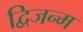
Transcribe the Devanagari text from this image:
द्विजन्‍म